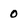
Character: 0